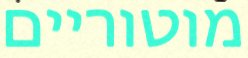
מוטוריים